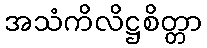
အသံကိလိဋ္ဌစိတ္တာ